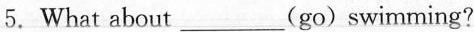
5.What about___(go)swimming?